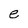
Character: e